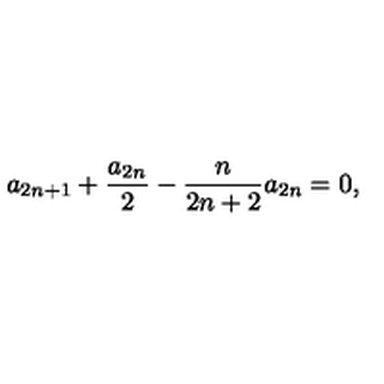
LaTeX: a _ { 2 n + 1 } + \frac { a _ { 2 n } } { 2 } - \frac { n } { 2 n + 2 } a _ { 2 n } = 0 ,